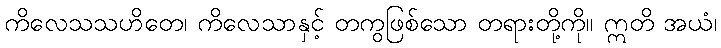
ကိလေသသဟိတေ၊ ကိလေသာနှင့် တကွဖြစ်သော တရားတို့ကို။ ဣတိ အယံ၊